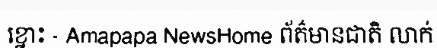
ខ្នោះ - Amapapa NewsHome ព័ត៌មានជាតិ លាក់